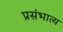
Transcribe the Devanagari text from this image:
प्रसंभात्य